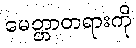
မေတ္တာတရားကို